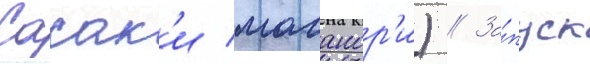
Сасак'и масанор'и) // За́пуск